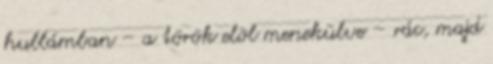
hullámban – a török elõl menekülve – rác, majd